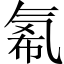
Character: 𱥪